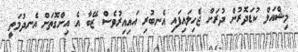
މިޝްއަލް ކުޑަދޮރުން ދުރަށް ޖެހިލައިފައި އެނބުރި އައިއިރުވެސް ޒޭބާ އެ އިންގޮތަށް އެނދުމަތީ